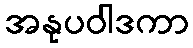
အနုပဝါဒကာ